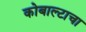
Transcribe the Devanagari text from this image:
कोबाल्टाचा